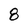
Character: 8